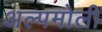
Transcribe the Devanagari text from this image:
अल्पमोली